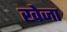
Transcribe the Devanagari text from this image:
खेजा